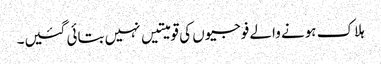
ہلاک ہونے والے فوجیوں کی قومیتیں نہیں بتائی گئیں۔